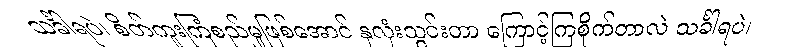
သင်္ခါရပဲ၊ စိတ်ကူးကြံစည်မှုဖြစ်အောင် နှလုံးသွင်းတာ ကြောင့်ကြစိုက်တာလဲ သင်္ခါရပဲ၊